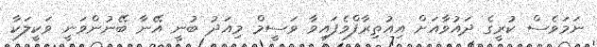
ނަމަވެސް ކުރީގެ ދައުވާއަށް އިއުތިރާފްވެފައިވާ ވަސީމް މިއަދު ބުނީ އޭނާ ބޭނުންވަނީ ވަކީލަކާ